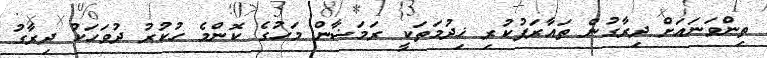
ތިންވަނައަށް ދިރާގުން ތައާރަފުކުރި ޚިދުމަތަކީ ރަމަޟާން މަހުގެ ކޮންމެ ހުކުރު ދުވަހަކު ދިރާގު